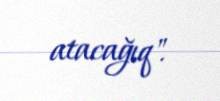
atacağıq".